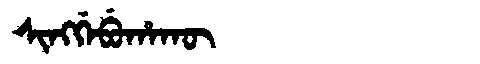
Manchu: ᠰᡳᠩᡤᡝᠪᡠᡥᠠᡴᡡ
Romanization: SINGGEBUHAKŪ